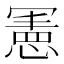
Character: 𭂅